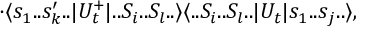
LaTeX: \cdot \langle s _ { 1 } . . s _ { k } ^ { \prime } . . | U _ { t } ^ { + } | . . S _ { i } . . S _ { l } . . \rangle \langle . . S _ { i } . . S _ { l } . . | U _ { t } | s _ { 1 } . . s _ { j } . . \rangle ,